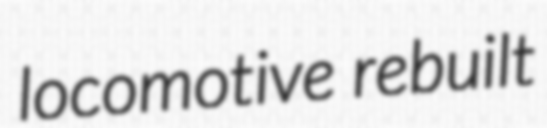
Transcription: locomotive rebuilt